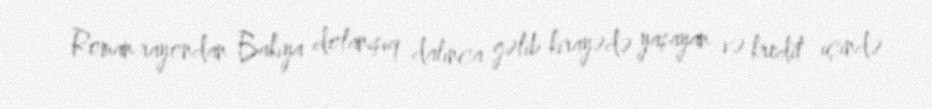
Roman rayondan Bakıya dolanışıq dalınca gəlib kirayədə yaşayan və kredit içində